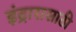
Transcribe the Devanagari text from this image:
इंद्रारासाठी